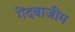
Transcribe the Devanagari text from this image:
गेंदबाजीम